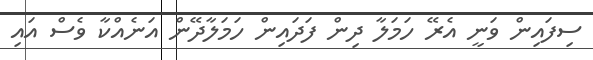
ސިފައިން ވަނީ އެރޭ ހަމަލާ ދިން ފަދައިން ހަމަލާދޭން އަނެއްކާ ވެސް އައި